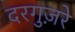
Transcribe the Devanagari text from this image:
दरगुज़रे